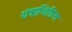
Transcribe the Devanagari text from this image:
यंत्राधिष्ठित